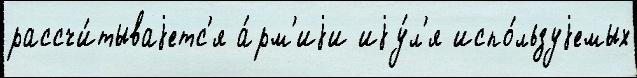
рассчи́тываjетс'я а́рм'иjи иjу́л'я испо́льзуjемых